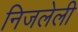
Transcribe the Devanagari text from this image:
निजलेली